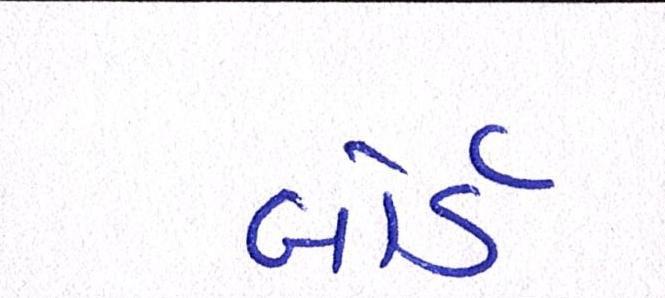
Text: બોર્ડે